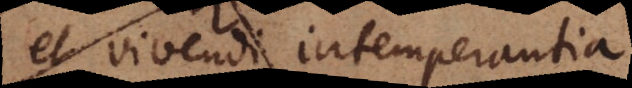
et vivendi intemperantia